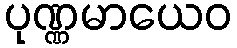
ပုဏ္ဏမာယေဝ